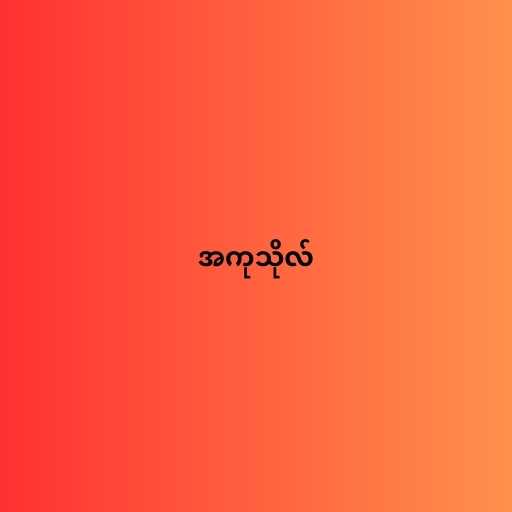
အကုသိုလ်